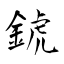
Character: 錿